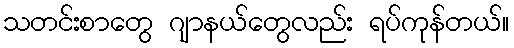
သတင်းစာတွေ ဂျာနယ်တွေလည်း ရပ်ကုန်တယ်။